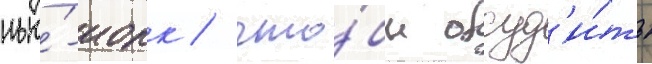
нью́-иорк / что́бы обсуд'и́ть